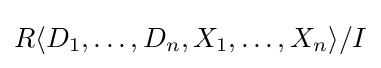
R\langle D_{1},\ldots ,D_{n},X_{1},\ldots ,X_{n}\rangle /I